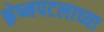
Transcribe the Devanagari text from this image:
श्लेष्मपटलाच्या